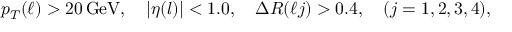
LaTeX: p _ { T } ^ { } ( \ell ) > 2 0 \, \mathrm { G e V } , \quad | \eta ( l ) | < 1 . 0 , \quad \Delta R ( \ell j ) > 0 . 4 , \quad ( j = 1 , 2 , 3 , 4 ) ,